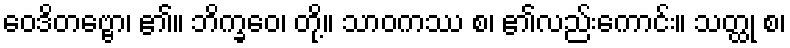
ဝေဒိတဗ္ဗော၊ ၏။ ဘိက္ခဝေ၊ တို့။ သာဝကဿ စ၊ ၏လည်းကောင်း။ သတ္ထု စ၊